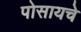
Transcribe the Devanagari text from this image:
पोसायचे